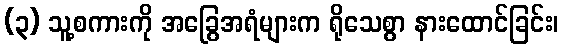
(၃) သူ့စကားကို အခြွေအရံများက ရိုသေစွာ နားထောင်ခြင်း၊